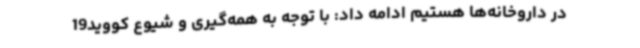
در داروخانه‌ها هستیم ادامه داد: با توجه به همه‌گیری و شیوع کووید19